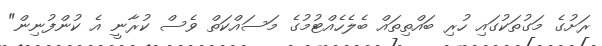
ރަށުގެ މަގުތަކުގައި ހުރި ބައްތިތައް ބެލެހެއްޓުމުގެ މަސައްކަތް ވެސް ކުރާނީ އެ ކުންފުނިން"